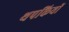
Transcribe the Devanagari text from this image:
थपकियों